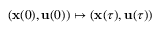
( \mathbf { x } ( 0 ) , \mathbf { u } ( 0 ) ) \mapsto ( \mathbf { x } ( \tau ) , \mathbf { u } ( \tau ) )